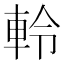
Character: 軨